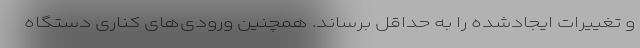
و تغییرات ایجادشده را به حداقل برساند. همچنین ورودی‌های کناری دستگاه